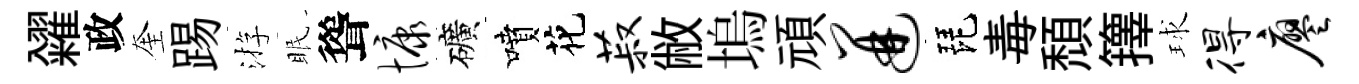
糴政奎踢㳺眠聳慷礦噴花菽敝塢頑迸琵毒頹籜球得廖